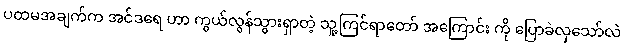
ပထမအချက်က အင်ဒရေ ဟာ ကွယ်လွန်သွားရှာတဲ့ သူ့ကြင်ရာတော် အကြောင်း ကို ပြောခဲလှသော်လဲ